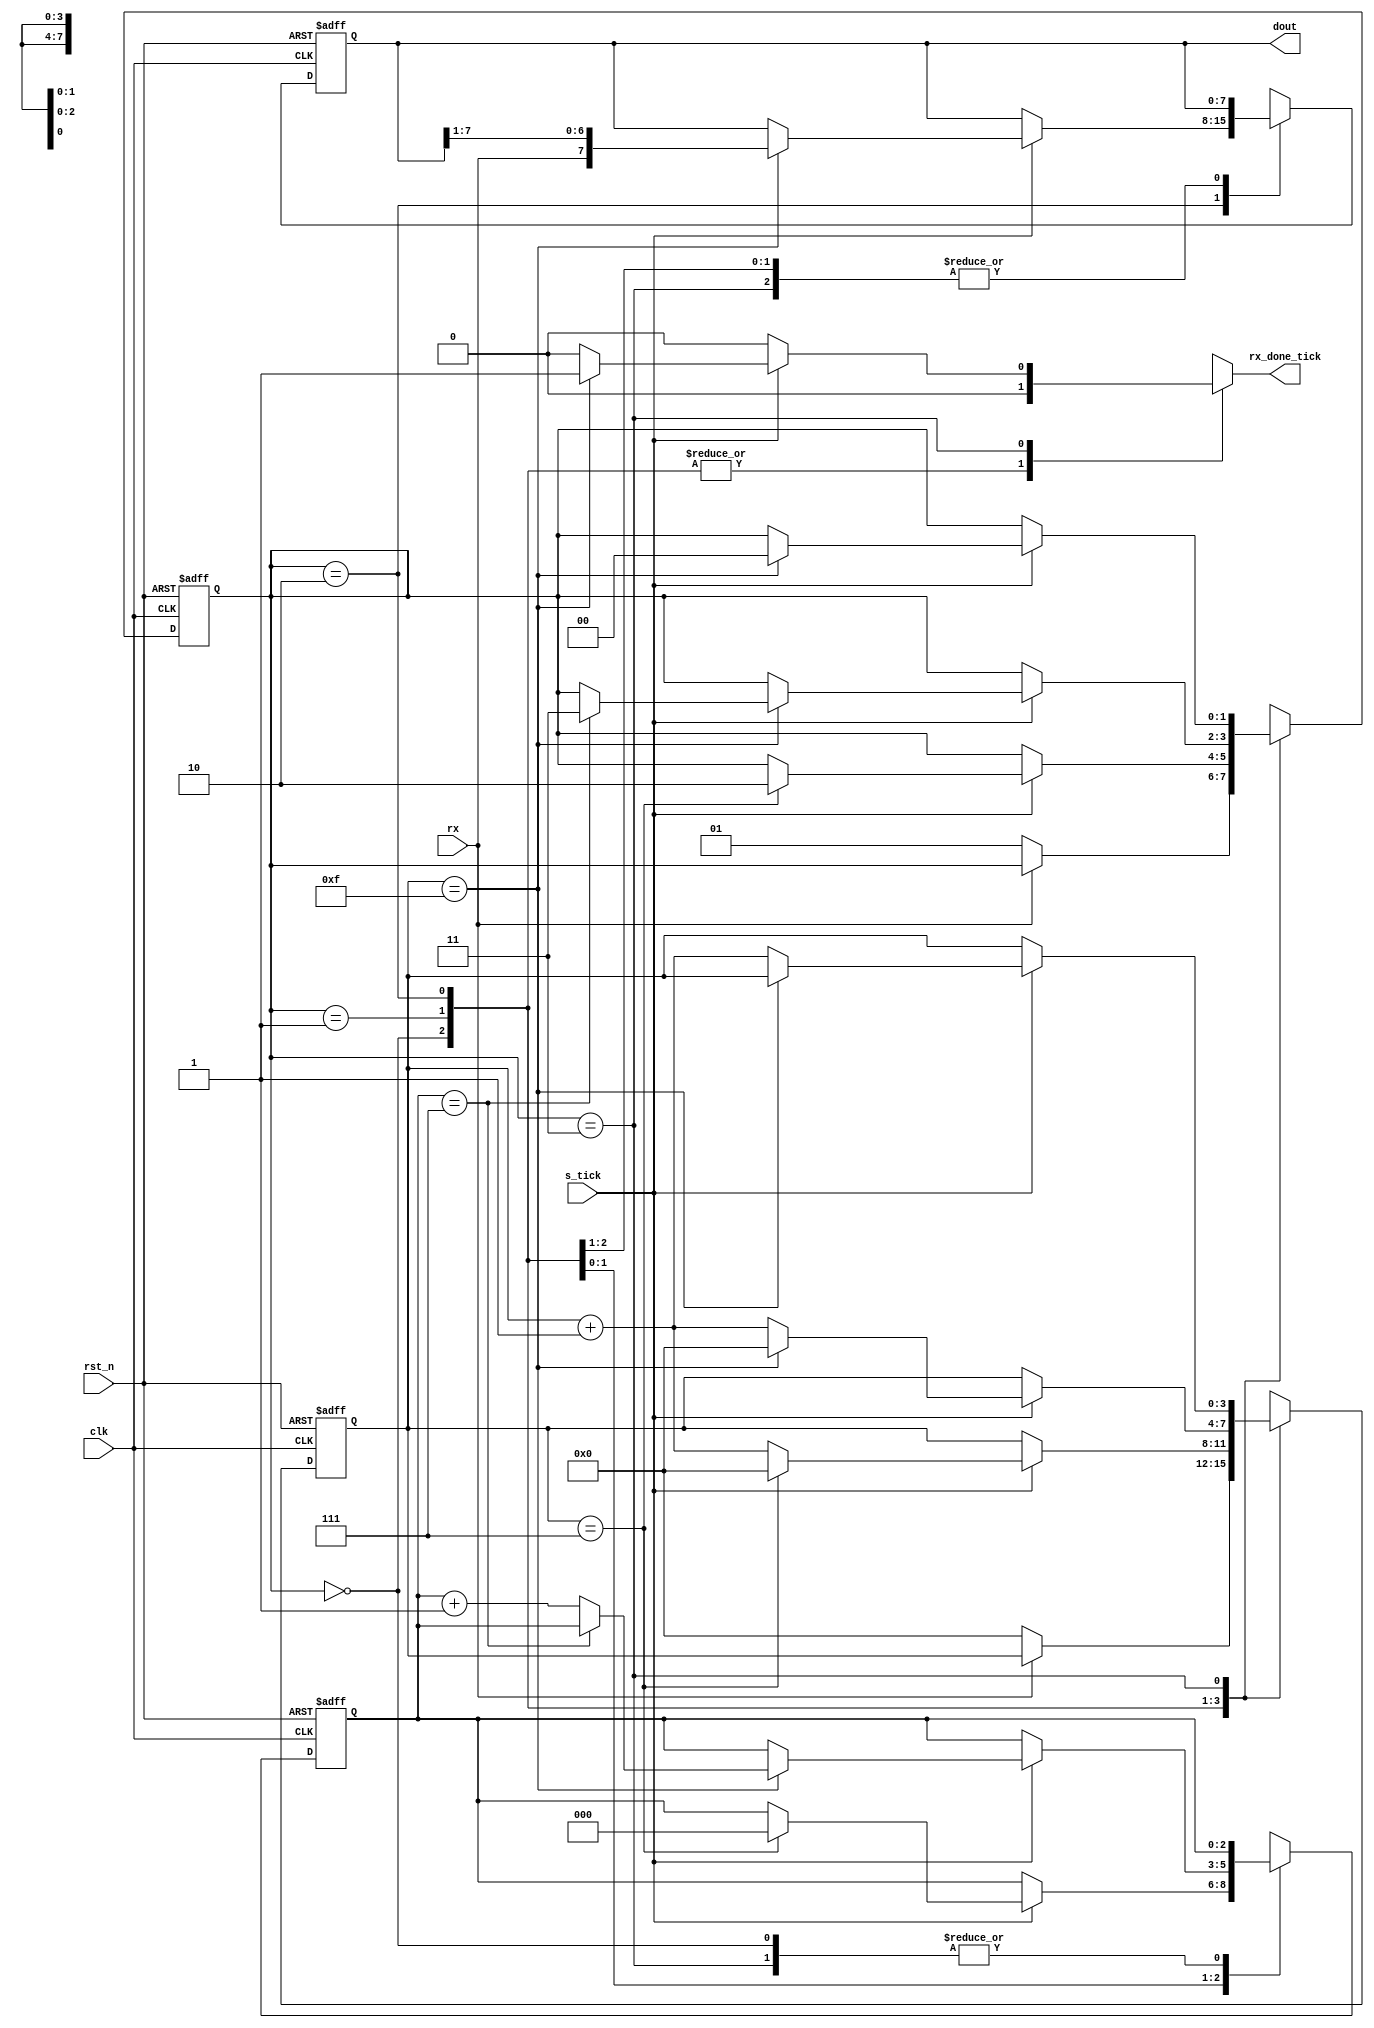
`timescale 1ns / 1ps

module uart_rx #(parameter DBIT=8,SB_TICK=16) //DBIT=data bits , SB_TICK=ticks for stop bit (16 for 1 bit ,32 for 2 bits)
	(
		input clk,rst_n,
		input rx,
		input s_tick,
		output reg rx_done_tick,
		output[7:0] dout
    );
	 //FSM state declarations
	 localparam[1:0] idle=2'b00,
							start=2'b01,
							data=2'b10,
							stop=2'b11;
	 reg[1:0] state_reg,state_nxt;
	 reg[3:0] s_reg,s_nxt; //check if number of ticks is 7(middle of start bit), or 15(middle of a data bit)
	 reg[2:0] n_reg,n_nxt; //checks how many data bits is already passed(value is 7 for last bit)
	 reg[7:0] b_reg,b_nxt; //stores 8-bit binary value of received data bits
	 //FSM register operation
	 always @(posedge clk,negedge rst_n) begin
		if(!rst_n) begin
			state_reg<=idle;
			s_reg<=0;
			n_reg<=0;
			b_reg<=0;
		end
		else begin
			state_reg<=state_nxt;
			s_reg<=s_nxt;
			n_reg<=n_nxt;
			b_reg<=b_nxt;		
		end
	 end
	 //FSM next-state logic
	 always @* begin
		state_nxt=state_reg;
		s_nxt=s_reg;
		n_nxt=n_reg;
		b_nxt=b_reg;
		rx_done_tick=0;
		case(state_reg)
			 idle: if(rx==0) begin //wait for start bit(rx of zero)
						s_nxt=0;
						state_nxt=start;
					 end						
			start: if(s_tick==1) begin //wait for middle of start bit
						if(s_reg==7) begin
							s_nxt=0;
							n_nxt=0;
							state_nxt=data;
						end
						else s_nxt=s_reg+1;
					 end
		    data: if(s_tick==1) begin //wait to pass all middle points of every data bits
						if(s_reg==15) begin
							b_nxt={rx,b_reg[7:1]};
							s_nxt=0;
							if(n_reg==DBIT-1) state_nxt=stop;
							else n_nxt=n_reg+1;
						end
						else s_nxt=s_reg+1;
					 end
			 stop: if(s_tick==1) begin  //wait to pass the required stop bits
						if(s_reg==SB_TICK-1) begin
							rx_done_tick=1;
							state_nxt=idle;
						end
  						else s_nxt=s_reg+1;
					 end	
		 default: state_nxt=idle;
		endcase
	 end
	 assign dout=b_reg;
endmodule